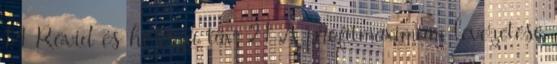
1.4 Rövid és hosszú táv 2.1 A profitmaximum levezetése